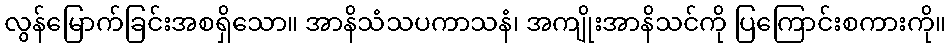
လွန်မြောက်ခြင်းအစရှိသော။ အာနိသံသပကာသနံ၊ အကျိုးအာနိသင်ကို ပြကြောင်းစကားကို။